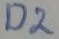
Text: D2